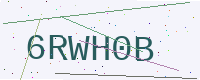
Text: 6RWH0B